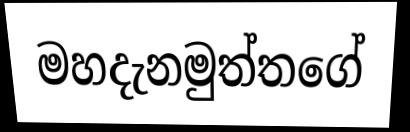
මහදැනමුත්තගේ